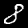
Label: 8